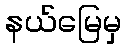
နယ်မြေမှ